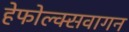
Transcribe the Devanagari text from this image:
हेफोल्क्सवागन